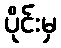
ပိုင်းမှ